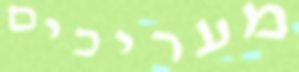
מעריכים